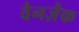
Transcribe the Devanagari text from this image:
वैनज़ैक